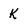
Character: k